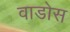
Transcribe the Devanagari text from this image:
वाडोस